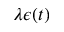
\lambda \epsilon ( t )